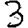
Digit: 3